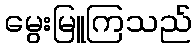
မွေးမြူကြသည်